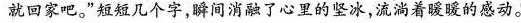
就回家吧。”短短几个字，瞬间消融了心里的坚冰，流淌着暖的感动。